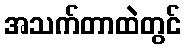
အသက်တာထဲတွင်